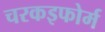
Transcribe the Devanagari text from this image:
चरकइफोर्म